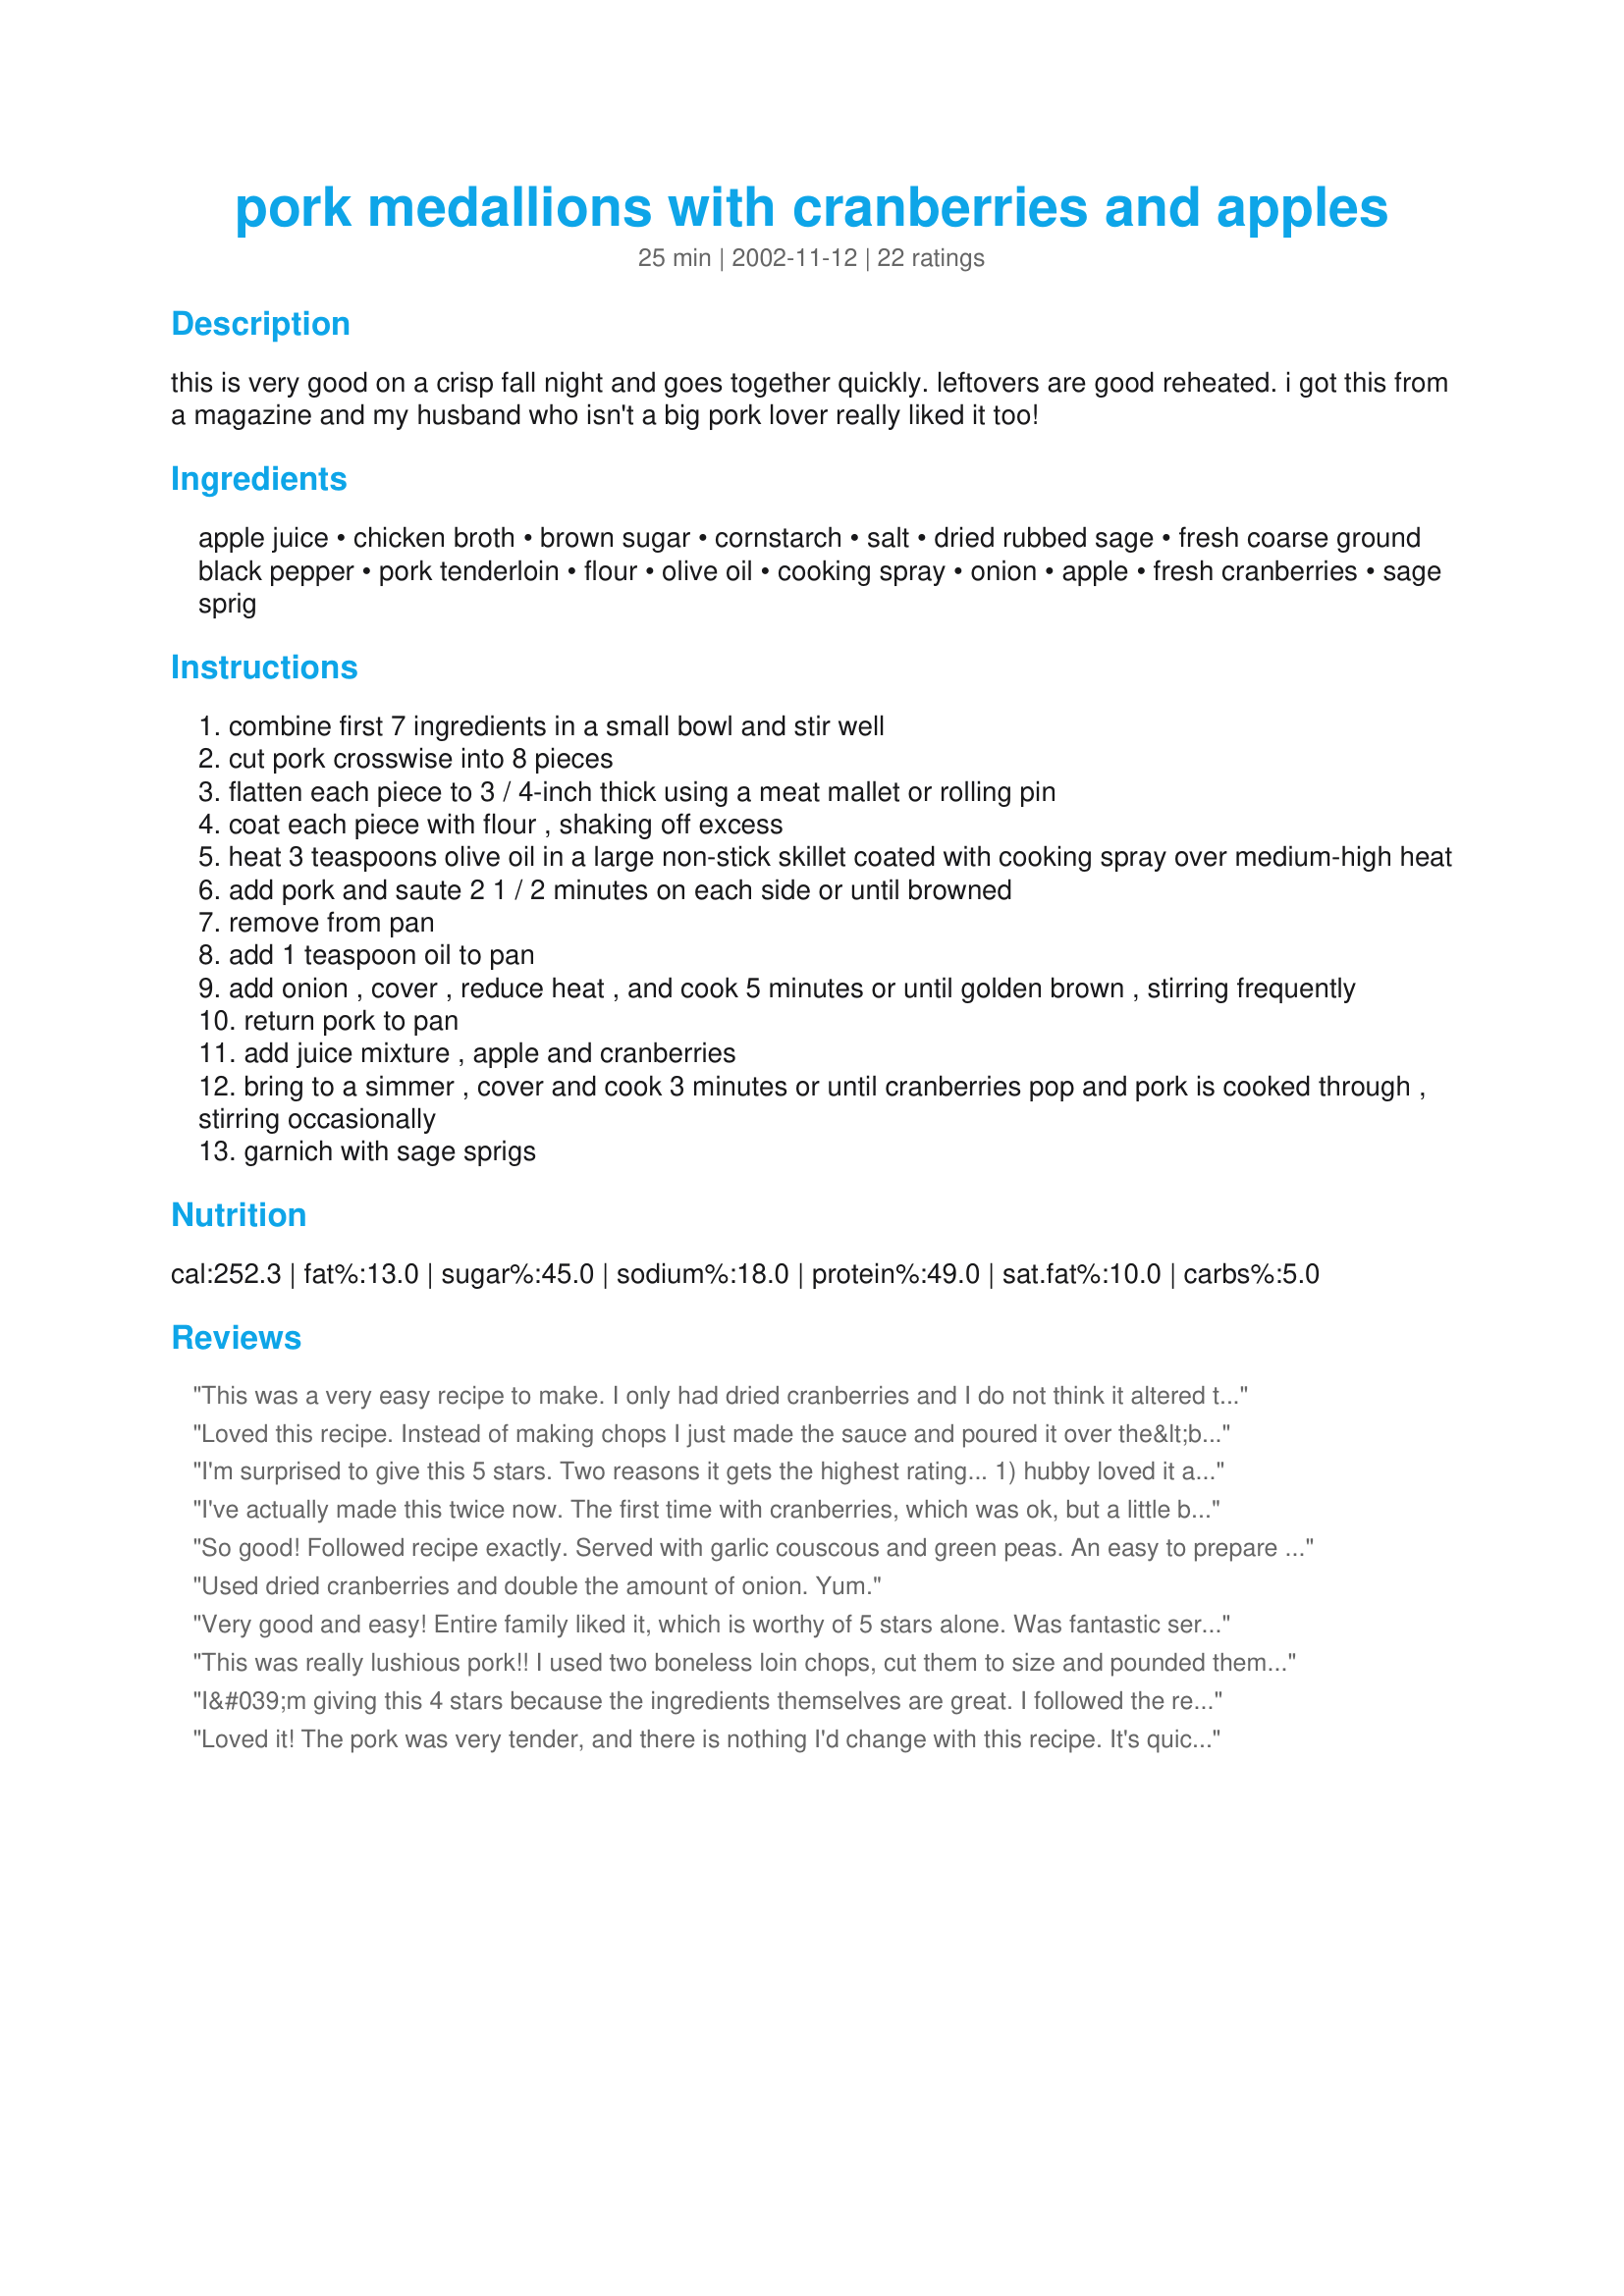
pork medallions with cranberries and apples
Preparation time: 25 minutes

this is very good on a crisp fall night and goes together quickly. leftovers are good reheated. i got this from a magazine and my husband who isn't a big pork lover really liked it too!

Ingredients:
apple juice, chicken broth, brown sugar, cornstarch, salt, dried rubbed sage, fresh coarse ground black pepper, pork tenderloin, flour, olive oil, cooking spray, onion, apple, fresh cranberries, sage sprig

Steps:
combine first 7 ingredients in a small bowl and stir well
cut pork crosswise into 8 pieces
flatten each piece to 3 / 4-inch thick using a meat mallet or rolling pin
coat each piece with flour , shaking off excess
heat 3 teaspoons olive oil in a large non-stick skillet coated with cooking spray over medium-high heat
add pork and saute 2 1 / 2 minutes on each side or until browned
remove from pan
add 1 teaspoon oil to pan
add onion , cover , reduce heat , and cook 5 minutes or until golden brown , stirring frequently
return pork to pan
add juice mixture , apple and cranberries
bring to a simmer , cover and cook 3 minutes or until cranberries pop and pork is cooked through , stirring occasionally
garnich with sage sprigs

Reviews:
This was a very easy recipe to make. I only had dried cranberries and I do not think it altered the taste any. Thanks for the recipe.
Loved this recipe. Instead of making chops I just made the sauce and poured it over the&lt;br/&gt;Pork loin. The sauce is wonderful. I couldn&#039;t find fresh cranberries, so used canned whole&lt;br/&gt;cranberries. Will make this again. Now I wish I could figure out what to do with the left&lt;br/&gt;over sauce. Too good to throw away!
I'm surprised to give this 5 stars. Two reasons it gets the highest rating... 1) hubby loved it and said I can't lose the recipe. 2) I used boneless pork chops with lots of dark meat and there was no strong pork flavor. I don't really like pork and this turned out very tender and juicy... for the first time I think I enjoyed it! I used frozen cranberries, cran-apple juice and rosemary for the sage with good results. I think I cooked it much longer in step 11 but it still comes together quite quickly.
I've actually made this twice now. The first time with cranberries, which was ok, but a little bit tart for me. The second time i couldnt get cranberries so used raspberries. This time it was amazing. The raspberries broke down a lot more, and flavoured the sauce better. Was delicious.
So good! Followed recipe exactly. Served with garlic couscous and green peas. An easy to prepare dish that is definitely company worthy!
Used dried cranberries and double the amount of onion. Yum.
Very good and easy! Entire family liked it, which is worthy of 5 stars alone. Was fantastic served over rice.
This was really lushious pork!! I used two boneless loin chops, cut them to size and pounded them. Instead of brown sugar I used sugar twin brown and I cut the cornstarch to 1 teaspoon. I made the whole amount of the cranberry/apple sauce, it was delicious!!Fabulous flavour, thanks for sharing a great taste!!
I&#039;m giving this 4 stars because the ingredients themselves are great. I followed the recipe exactly and decided to change a bit. I used bone-in pork chops and doubled the sauce ingredients. I baked it in a dutch oven at 325 degrees for about 1 1/2 hrs and the result was a sumptuous homey stew that warmed our bellies on a cold winter night. I served it over rice. I know this no longer falls under the title of Quick and Healthy, but the changes were sooo worth it!
Loved it! The pork was very tender, and there is nothing I'd change with this recipe. It's quick to prepare, and packed with flavor. We liked the sweet/tart flavors of apple and cranberry.
This was extremely easy to put together, and it was delicious. I served it over brown rice and that rice soaked up the luscious sauce. I am going to try it with dried cranberries sometime- I think that would give it a good flavor too.
so so good! We also used dried cranberries since I forgot to pick up fresh from the store.
This had amazing flavor of sweet and savory, a nice autumn dish. I followed all of the ingredients (only replacing the apple juice with a dry white wine) &amp; slicing the onion into thin rings instead of chopping and changed the cooking method(s) slightly. I used bone-in pork chops which I browned on each side in a large cast iron pan, then added all remaining ingredients, sprinkled with cinnamon &amp; baked, covered with foil in the oven at 325 degrees for about 1 1/2 hrs. The end result was so tender and flavorful. I felt as though the brown sugar needed to be increased slightly and this is likely because I substituted wine for the apple juice. I also served this with rice cooked in chicken stock which was a nice accompaniment. Thanks for sharing!
We tried this last night and it was just wonderful! My dh had seconds and took the little bit of leftovers for work today. The only change I made was to use 1/2 tsp dried parsley as I had no sage available. We will definitely make this again. . .it is going in the recipe box for safe keeping!
Great recipe. Very easy to make, and kids and adults all loved the taste. Made it pretty close to the original recipe, though used a little more apples, little more onion, etc.. Thanks for the recipe.
Really enjoyed this recipe. I used a granny smith apple to produce the most punch and all the sour cooked away to produce the most wonderful flavor along with the cranberries. The amount of sugar was just right for our taste. We had to leave the flour out for my gluten free sister, but the sauce was just the right consistency even without flouring the pork. Huge win here. And so easy!
This recipe was absolutely wonderful! A great combination of sweet with a little tart. My family loved it and they're a hard crowd to please! Will definately make again!
Yummy dish. Loved how all the flavors came together. Served with Recipe #399701.
Great fall recipe!

I had to make some changes because all of the neay-by grocery stores were being difficult. First, I could find ANY cranberries, not even frozen. So I had to go with half a can of whole cranberry sauce. Next, I had to go with thin-cut pork loin chops, as I could only find whole tenderloins, so it was 4 pounds of pork or nothing. So I went with the chops. Despite the changes the recipe still came out great.

Definently a keeper.
Fantastic recipe. Sweet and savory, a great combination. Fresh cranberries were not in season so I used canned whole cranberries (could have used crasins, maybe next time) and added about half the can. I imagine fresh would have been better, but canned seemed to work good. I doubled the sauce since my family and I like to sop it up with bread. I will add a bit more cornstarch next time to make the sauce a bit thicker. A great Fall recipe!
Didn't get on to review soon enough after making so don't recall if we altered any besides using Craisins rather than fresh cranberries. Very yummy! Easy enough to just use pork chops. Looking forward to making regularly!
I think this not coming out quite right may have been my fault. It was WAY too sweet, but I used Canned Cranberries in a sauce because I couldn't find fresh ones in the store. I think fresh ones would be a lot better. The way I made it? 2 stars, if it were tart? 4 stars (hence I gave it 3)
